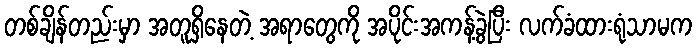
တစ်ချိန်တည်းမှာ အတူရှိနေတဲ့ အရာတွေကို အပိုင်းအကန့်ခွဲပြီး လက်ခံထားရုံသာမက